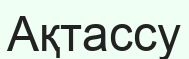
Ақтассу